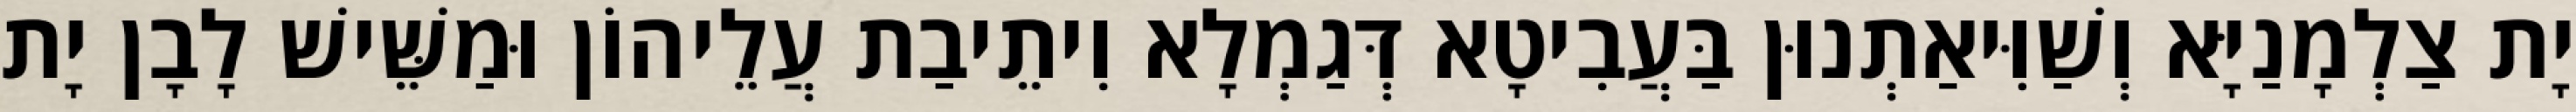
יָת צַלְמָנַיָּא וְשַׁוִּיאַתְנוּן בַּעֲבִיטָא דְּגַמְלָא וִיתֵיבַת עֲלֵיהוֹן וּמַשֵּׁישׁ לָבָן יָת